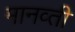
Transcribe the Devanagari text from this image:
मानव्ती